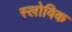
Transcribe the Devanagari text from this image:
स्लोविक